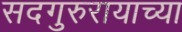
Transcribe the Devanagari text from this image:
सदगुरुरायाच्या